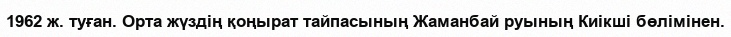
1962 ж. туған. Орта жүздің қоңырат тайпасының Жаманбай руының Киікші бөлімінен.